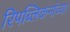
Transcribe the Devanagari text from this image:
रिपब्लिकनांच्या